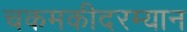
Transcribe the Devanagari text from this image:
चकमकीदरम्यान